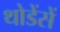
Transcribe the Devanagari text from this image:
थोडेंसें